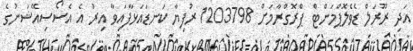
އަދި ރޫރަލް ޑެވެލޮޕްމަންޓް ޕްރޮގްރާމަށް 1203798 ރުފިޔާ ކަނޑައަޅާފައިވާ އިރު އެ އެސޯސިއޭޝަނުގެ